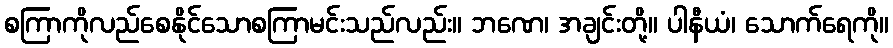
စကြာကိုလည်စေနိုင်သောစကြာမင်းသည်လည်း။ ဘဏေ၊ အချင်းတို့။ ပါနီယံ၊ သောက်ရေကို။